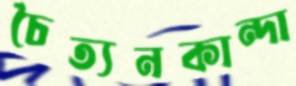
চৈত্যনকান্দা